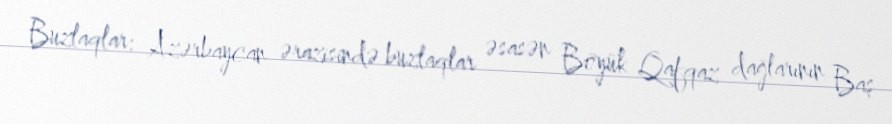
Buzlaqlar: Azərbaycan ərazisində buzlaqlar əsasən Böyük Qafqaz dağlarının Baş